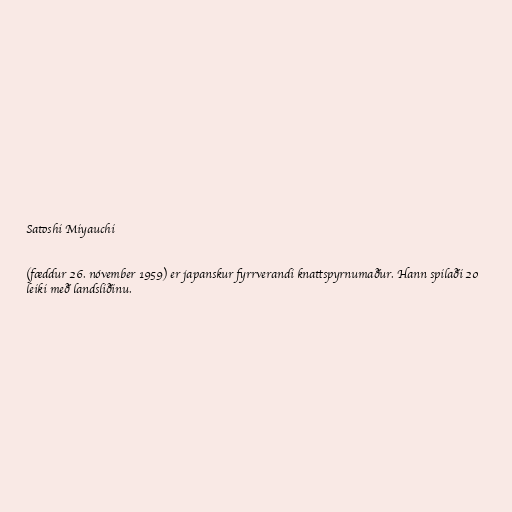
Satoshi Miyauchi

(fæddur 26. nóvember 1959) er japanskur fyrrverandi knattspyrnumaður. Hann spilaði 20
leiki með landsliðinu.